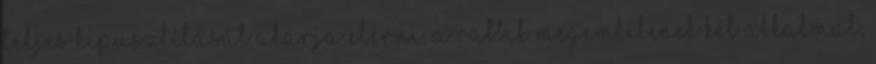
teljes kipusztítását akarja elérni. A rabbik megemlítenek két alkalmat,